Report on the administration of the Government Cinchona Department 1892-98
Year: 1892
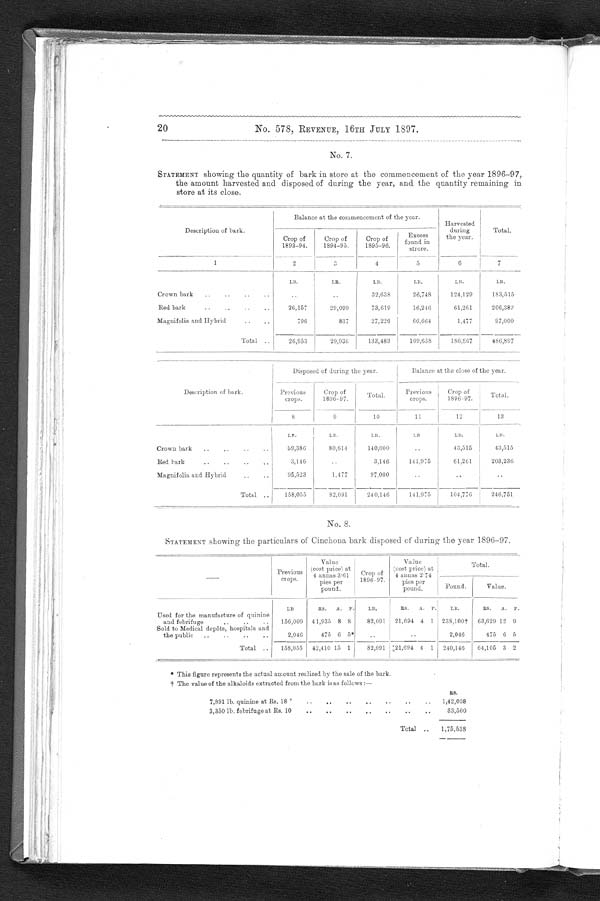
No. 578, REVENUE, 16TH JULY 1897.
No. 7.
STATEMENT showing the quantity of bark in store at the commencement of the year 1896-97,
the amount harvested and disposed of during the year, and the quantity remaining in
store at its close.
Description of bark.
Balance at the commencement of the year.
Harvested
during
the year.
Total.
Crop of
1893-94.
Crop of
1894-95.
Crop of
1895-96.
Excess
found in
strore.
1
2
3
4
5
6
7
LB.
L R .
LB.
LB.
LB.
LB.
Crown bark
..
..
..
..
..
..
32,638
26,748
124,129
183,515
Red bark
..
..
..
..
26,157
29,099
73,619
16,246
61,261
206,382
Magnifolia and Hybrid
..
..
796
837
27,226
66,664
1,477
97,000
Total ..
26,953
29,936
133,483
109,658
180,367
486,897
Description of bark.
Disposed of during the year.
B a l a n c e a t t h e c l o s e o f t h e y e a r .
Previous
c r o p s .
Crop of
1896-97.
Total.
Previous
crops.
Crop of
1896-97.
Tot a 1.
8
9
10
1 1 12
13
LB.
LB.
LB.
L B LB.
LB.
Crown bark
..
..
..
..
59,386
80,614
140,000
..
43,515
43,515
Red bark
..
..
..
..
3,146
. . 3,146
141,975
61,261
203,236
Magnifolia and Hybrid
..
..
95,523
1,477
97,000
. .
..
..
Total
. .
158,055
82,091
240,146
141,975
104,776
246,751
No. 8.
STATEMENT showing the particulars of' Cinchona bark disposed of during the year 1896-97.
Previous
crops.
Value
(cost price) at
4 annas 3.61
pies per
pound.
Crop of
1896-97.
Value
(cost price) at
4 annas 2.74
pies per
pound.
Total.
Pound.
Value.
LB
RS. A. P.
LB,
RS. A. P.
LB.
R S . A . P .
Used for the manufacture of quinine
and febrifuge
..
..
..
156,009 41,935 8 8
82,091
21,694 4 1 238,100† 63,629 12 9
Sold to Medical depôts, hospitals and
the public
..
..
..
..
2,046
475 6 5*
. .
. .
2,046
475 6 5
Total ..
158,055
42,410 15 1
82,091
21,694 4 1
240,146
64,105 3 2
* This figure represents the actual amount realized by the sale of the bark.
† The val ue of t he al kal oi ds ext r act ed f r om t he bar k i s as f ol l ows : —
7,891 lb. quinine at Rs. 18 '
..
..
..
..
..
..
..
RS.
1,42,038
3,350 lb. febrifuge at Rs. 10
..
..
..
..
..
..
..
33,500
Total .. 1,75,538
20